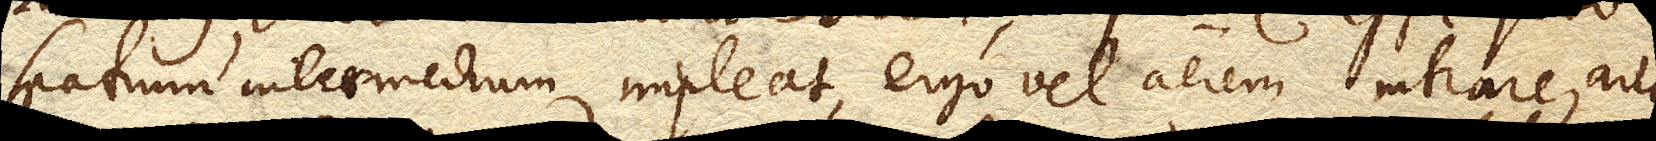
spatium intermedium impleat, ergo vel aerem intrare, aut